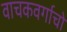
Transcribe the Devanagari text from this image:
वाचकवर्गाचो